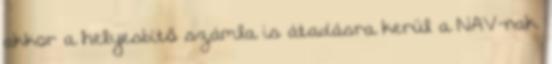
akkor a helyesbítő számla is átadásra kerül a NAV-nak.